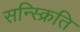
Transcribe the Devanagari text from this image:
सन्स्क्रिति